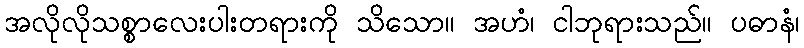
အလိုလိုသစ္စာလေးပါးတရားကို သိသော။ အဟံ၊ ငါဘုရားသည်။ ပဓာနံ၊